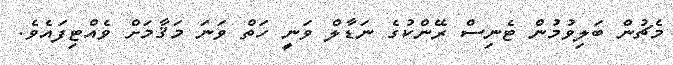
މެޗުން ބަލިވުމުން ޓެނިސް ރޭންކުގެ ނަޑާލް ވަނީ ހަތް ވަނަ މަޤާމަށް ވެއްޓިފައެވެ.